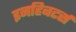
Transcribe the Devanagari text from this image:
इनहिबटर्स